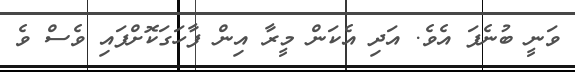
ވަނީ ބުނެފަ އެވެ. އަދި އެކަން މީރާ އިން ފާހަގަކޮށްފައި ވެސް ވެ